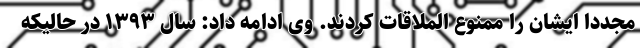
مجدداً ایشان را ممنوع الملاقات کردند. وی ادامه داد: سال ۱۳۹۳ در حالیکه